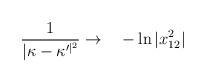
LaTeX: \begin{align*}\frac{1}{\vert \kappa - \kappa^{\prime \vert^2 }}\rightarrow \ \ \ - \ln \vert x_{12}^2 \vert\end{align*}